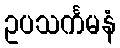
ဥပသင်္ကမနံ